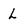
Character: L